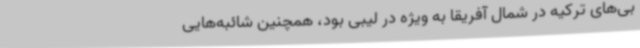
بی‌های ترکیه در شمال آفریقا به ویژه در لیبی بود، همچنین شائبه‌هایی